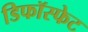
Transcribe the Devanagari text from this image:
डिफॉस्फेट